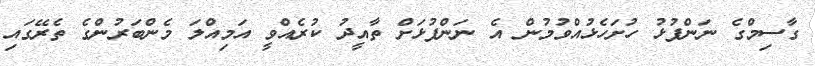
ގާސިމްގެ ނަންފުޅު ހުށަހެޅުއްވުމުން އެ ނަންފުޅަށް ތާއީދު ކުރެއްވީ އަމިއްލަ މެންބަރުންގެ ތެރޭގައި